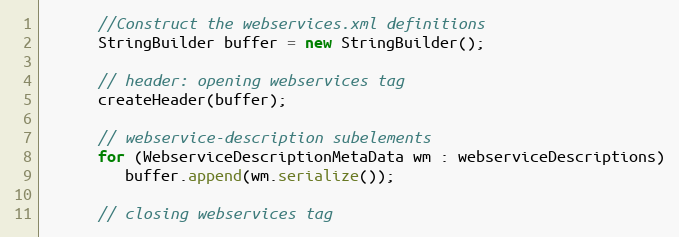
Language: Java
      //Construct the webservices.xml definitions
      StringBuilder buffer = new StringBuilder();

      // header: opening webservices tag
      createHeader(buffer);

      // webservice-description subelements
      for (WebserviceDescriptionMetaData wm : webserviceDescriptions)
         buffer.append(wm.serialize());

      // closing webservices tag